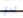
لدي